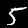
Digit: 5